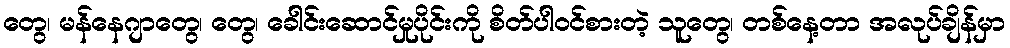
တွေ၊ မန်နေဂျာတွေ၊ တွေ၊ ခေါင်းဆောင်မှုပိုင်းကို စိတ်ပါဝင်စားတဲ့ သူတွေ၊ တစ်နေ့တာ အလုပ်ချိန်မှာ